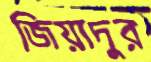
জিয়াদুর